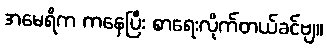
အမေရိက ကနေပြီး စာရေးလိုက်တယ်ခင်ဗျ။